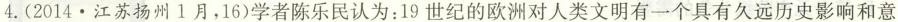
4.(2014.江苏扬州1月，16)学者陈乐民认为：19世纪的欧洲对人类文明有一个具有久远历史影响和意